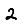
Digit: 2